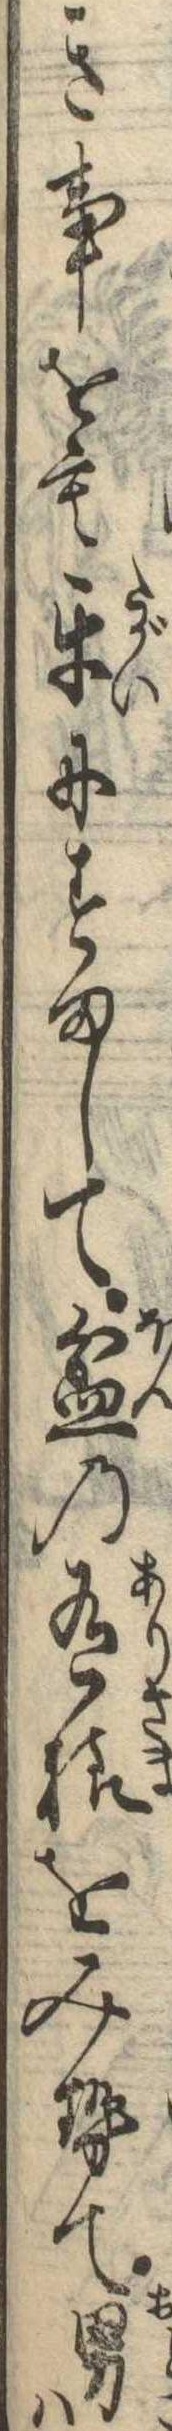
き事をも互にすまして盆の有様をみせて男は